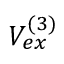
V _ { e x } ^ { ( 3 ) }